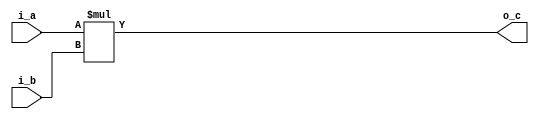
module ib_mul_8x8_s0_l0(
   input    wire  [7:0]    i_a,
   input    wire  [7:0]    i_b,
   output   wire  [15:0]   o_c
);

   assign o_c = i_a * i_b;

endmodule